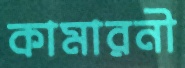
কামারনী